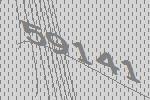
59141